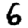
Digit: 6